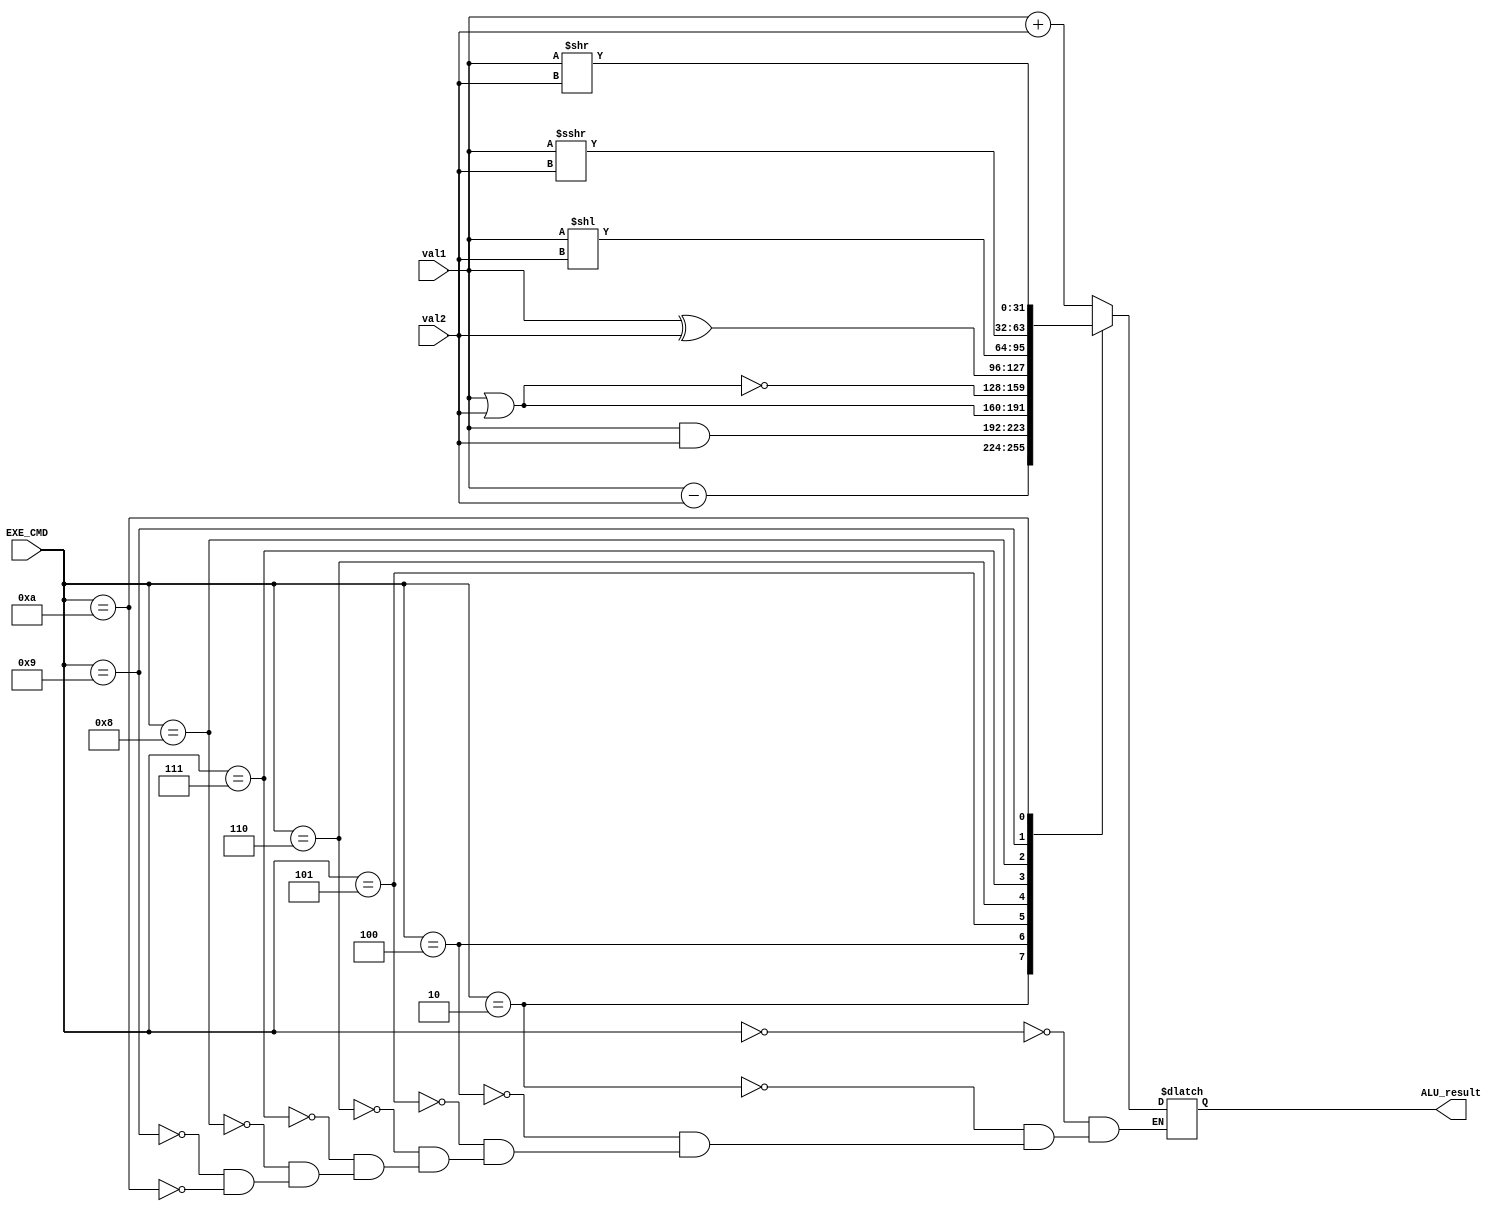
module ALU(input[31:0] val1,val2,input[3:0] EXE_CMD,output reg[31:0] ALU_result);
    always@(*)begin
        case(EXE_CMD)
            4'b0000:ALU_result=val1+val2;
            4'b0010:ALU_result=val1-val2;
            4'b0100:ALU_result=val1&val2;
            4'b0101:ALU_result=val1|val2;
            4'b0110:ALU_result=~(val1|val2);
            4'b0111:ALU_result=val1^val2;
            4'b1000:ALU_result=val1<<val2;
            4'b1001:ALU_result=val1>>>val2;
            4'b1010:ALU_result=val1>>val2;
        endcase
    end
endmodule